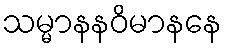
သမ္မာနနဝိမာနနေ